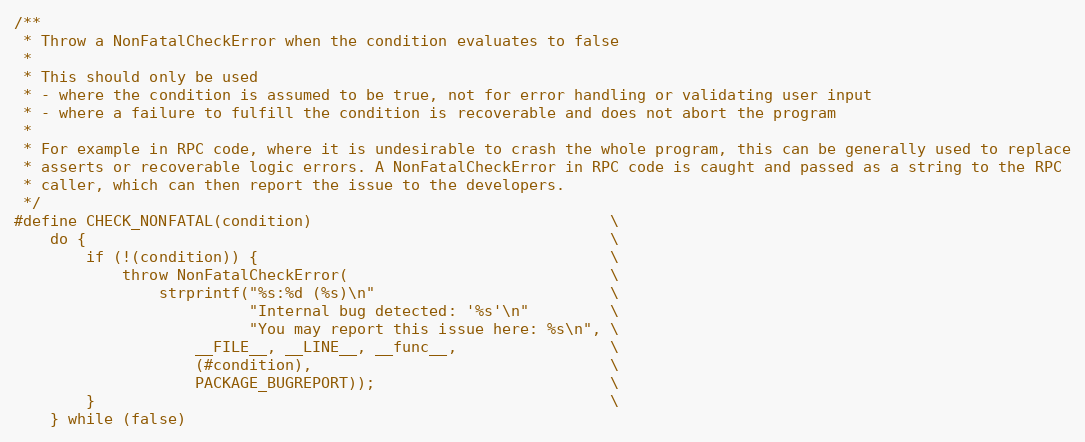
Language: C
/**
 * Throw a NonFatalCheckError when the condition evaluates to false
 *
 * This should only be used
 * - where the condition is assumed to be true, not for error handling or validating user input
 * - where a failure to fulfill the condition is recoverable and does not abort the program
 *
 * For example in RPC code, where it is undesirable to crash the whole program, this can be generally used to replace
 * asserts or recoverable logic errors. A NonFatalCheckError in RPC code is caught and passed as a string to the RPC
 * caller, which can then report the issue to the developers.
 */
#define CHECK_NONFATAL(condition)                                 \
    do {                                                          \
        if (!(condition)) {                                       \
            throw NonFatalCheckError(                             \
                strprintf("%s:%d (%s)\n"                          \
                          "Internal bug detected: '%s'\n"         \
                          "You may report this issue here: %s\n", \
                    __FILE__, __LINE__, __func__,                 \
                    (#condition),                                 \
                    PACKAGE_BUGREPORT));                          \
        }                                                         \
    } while (false)